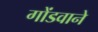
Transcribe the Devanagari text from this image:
गोंडवाने